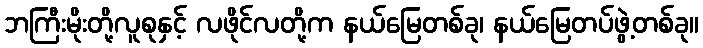
ဘကြီးမိုးတို့လူစုနှင့် လဖိုင်လတို့က နယ်မြေတစ်ခု၊ နယ်မြေတပ်ဖွဲ့တစ်ခု။